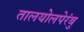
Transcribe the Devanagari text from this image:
तालयोलपेरंबु